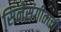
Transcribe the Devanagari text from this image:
सिनेसंगीताची